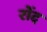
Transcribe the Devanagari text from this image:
रोंद